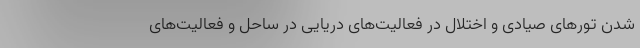
شدن تورهای صیادی و اختلال در فعالیت‌های دریایی در ساحل و فعالیت‌های